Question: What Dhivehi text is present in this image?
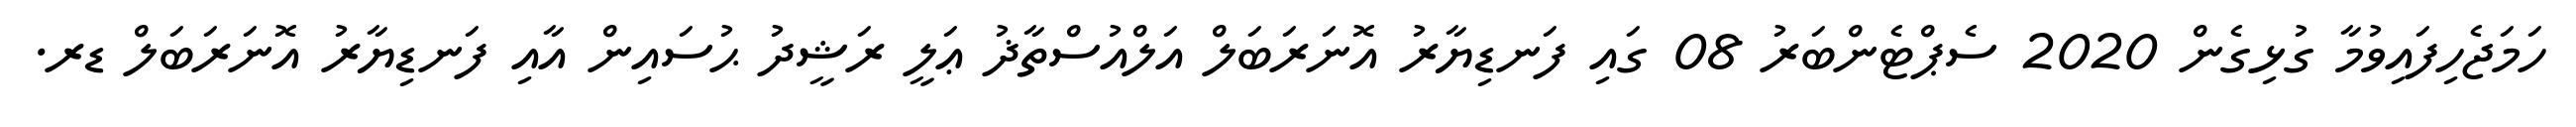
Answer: ހަމަޖެހިފައިވުމާ ގުޅިގެން 2020 ސެޕްޓެންބަރު 08 ގައި ފަނޑިޔާރު އޮނަރަބަލް އަލްއުސްތާޛު ޢަލީ ރަޝީދު ޙުސައިން އާއި ފަނޑިޔާރު އޮނަރަބަލް ޑރ.